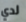
لدي